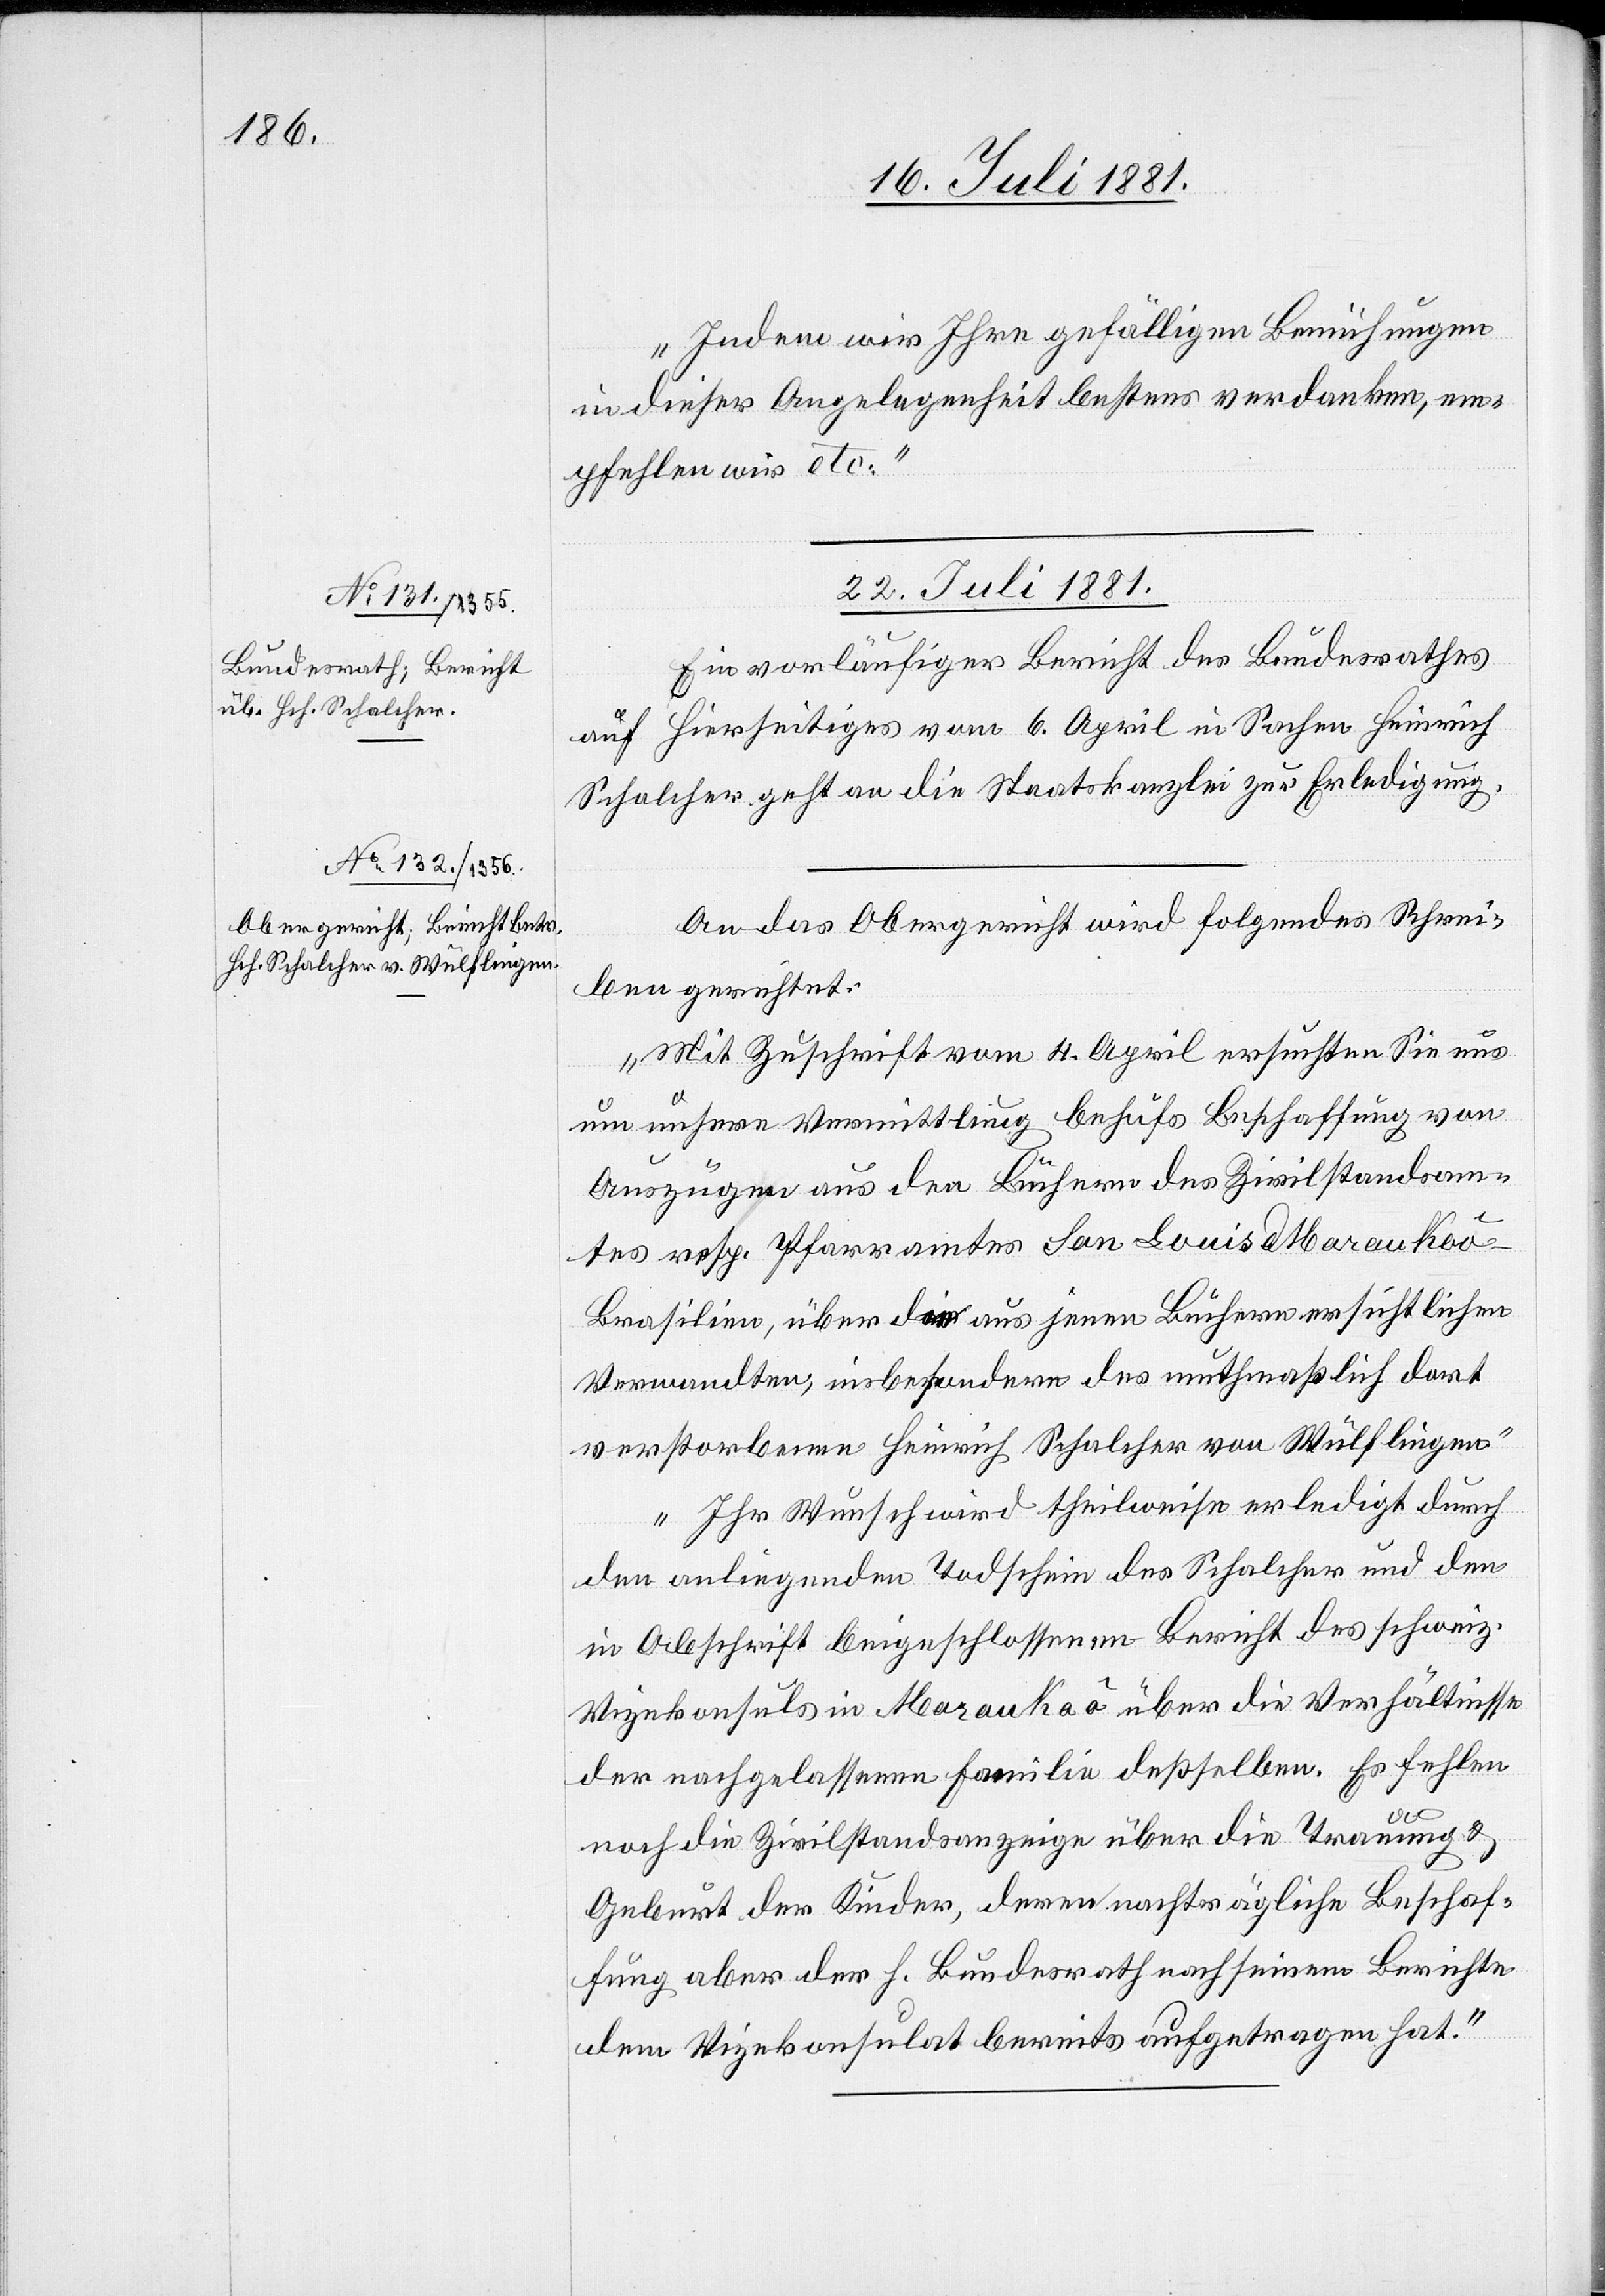
Indem wir Ihre gefälligen Bemühungen
in dieser Angelegenheit bestens verdanken, em¬
pfehlen wir etc.“
22. Juli 1881.]
Ein vorläufiger Bericht des Bundesrathes
auf Hierseitiges vom 6. April in Sachen Heinrich
Schalcher geht an die Staatskanzlei zur Erledigung.
An das Obergericht wird folgendes Schrei¬
ben gerichtet:
„Mit Zuschrift vom 4. April ersuchten Sie uns
um unsere Vermittlung behufs Beschaffung von
Auszügen aus den Büchern des Zivilstandsam¬
tes resp. Pfarramtes San Louis Marauhaô
Brasilien, über die aus jenen Büchern ersichtlichen
Verwandten, insbesondere des muthmaßlich dort
verstorbenen Heinrich Schalcher und den
in Abschrift beigeflossenen Bericht des schweiz.
Vizekonsuls in Marauhaô über die Verhältnisse
der nachgelassenen Familie deßselben. Es fehlen
noch die Zivilstandsanzeige über die Trauung &
Geburt der Kinder, deren nachträgliche Beschaf¬
fung aber der h. Bundesrath nach seinem Berichte
dem Vizekonsulat bereits aufgetragen hat.“